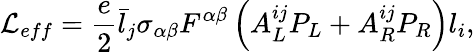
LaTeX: \mathcal{L}_{eff}=\frac{e}{2}\bar{l}_{j}\sigma_{\alpha\beta}F^{\alpha\beta}\left(A_{L}^{ij}P_{L}+A_{R}^{ij}P_{R}\right)l_{i},